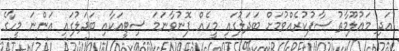
އަދި މަޢުލޫމާތު ސާފުކުރެއްވުމަށް ބަދަލުގައި މީހެއް ފޮނުވާނަމަ ސިޓީއަކާއި ބަދަލުގައި އަންނަ މީހާގެ